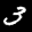
Label: 3